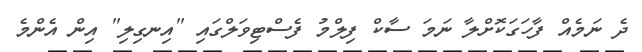
ދެ ނަމެއް ފާހަގަކޮށްލާ ނަމަ ސާކް ފިލްމު ފެސްޓިވަލްގައި "އިނގިލި" އިން އެންމެ